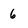
Character: 6